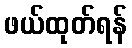
ဖယ်ထုတ်ရန်